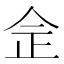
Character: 佱